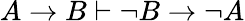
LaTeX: A\to B\vdash\lnot B\to\lnot A